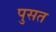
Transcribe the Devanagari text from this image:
पुसत